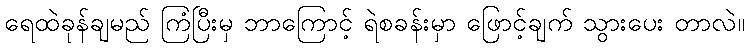
ရေထဲခုန်ချမည် ကြံပြီးမှ ဘာကြောင့် ရဲစခန်းမှာ ဖြောင့်ချက် သွားပေး တာလဲ။